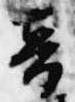
音